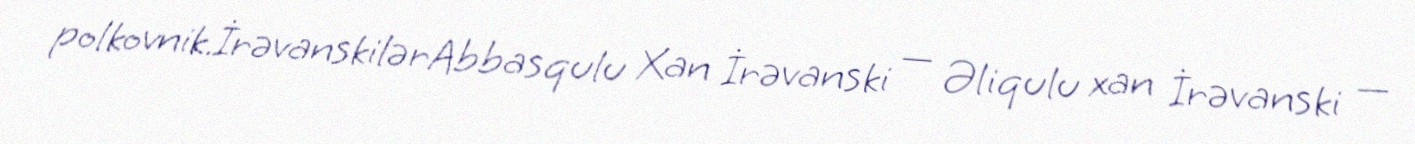
polkovnik.İrəvanskilərAbbasqulu Xan İrəvanski — Əliqulu xan İrəvanski —